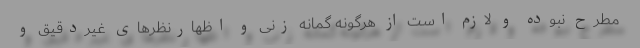
مطرح نبوده و لازم است از هرگونه گمانه زنی و اظهارنظرهای غیردقیق و